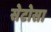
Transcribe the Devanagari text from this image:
सेटोसा